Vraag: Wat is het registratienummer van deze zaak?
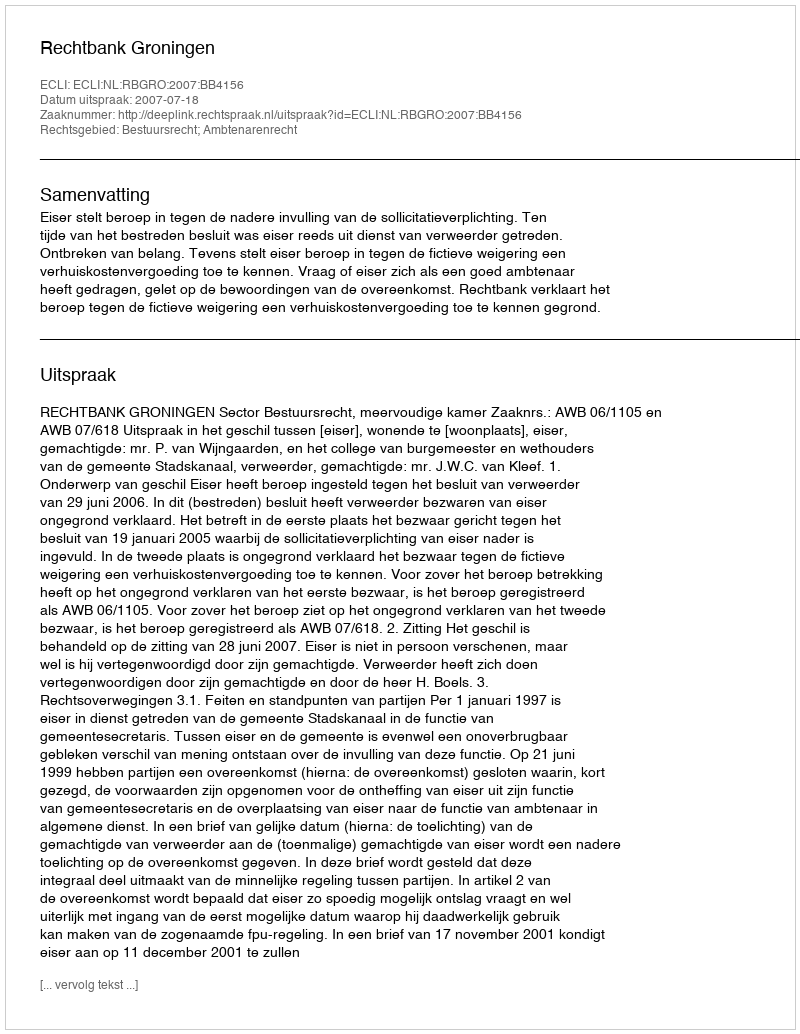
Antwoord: http://deeplink.rechtspraak.nl/uitspraak?id=ECLI:NL:RBGRO:2007:BB4156